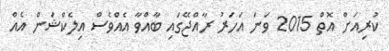
ކުރިއަށް އޮތް 2015 ވަނަ އަހަރު ރާއްޖޭގައި ބާއްވާ އެއްވެސް އިލެކްޝަން އެއް